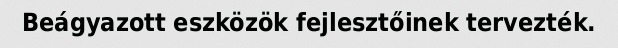
Beágyazott eszközök fejlesztőinek tervezték.